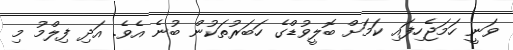
ވަނީ ހަމަޖެހިފައިި ކަމަށް ބޮލީވުޑްގެ ހަބަރުތަކުން ބުނެ އެެވެ. އަދި ފިލްމު މި